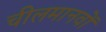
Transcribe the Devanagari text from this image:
चीलमानवों